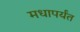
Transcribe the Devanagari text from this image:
मधापर्यंत